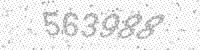
Solution: 563988